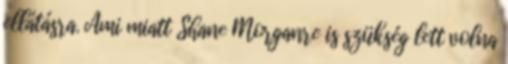
ellátásra. Ami miatt Shane Morganre is szükség lett volna